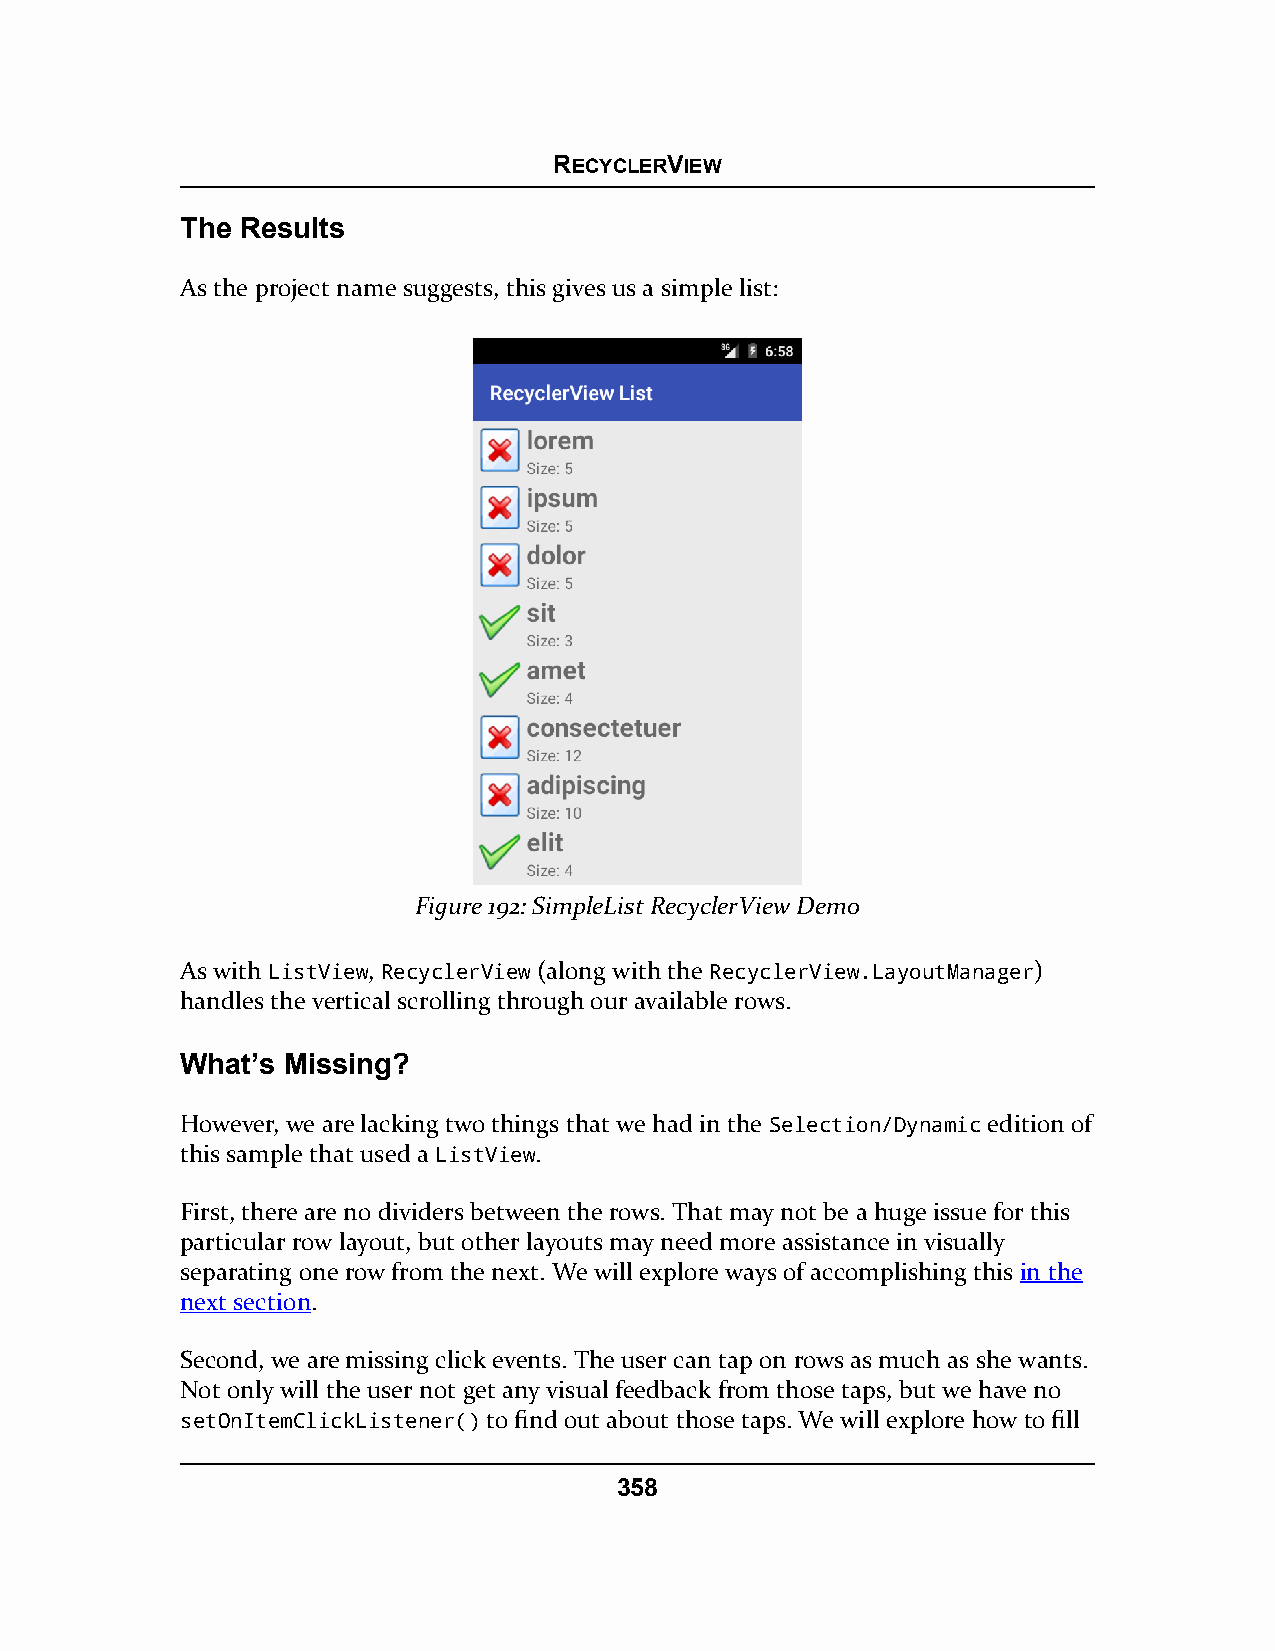
RECYCLERVIEW
 The Results
 As the project name suggests, this gives us a simple list:
 Figure 192: SimpleList RecyclerView Demo
 As with ListView, RecyclerView (along with the RecyclerView.LayoutManager)
 handles the vertical scrolling through our available rows.
 What’s Missing?
 However, we are lacking two things that we had in the Selection/Dynamic edition of
 this sample that used a ListView.
 First, there are no dividers between the rows. That may not be a huge issue for this
 particular row layout, but other layouts may need more assistance in visually
 separating one row from the next. We will explore ways of accomplishing this in the
 next section.
 Second, we are missing click events. The user can tap on rows as much as she wants.
 Not only will the user not get any visual feedback from those taps, but we have no
 setOnItemClickListener() to find out about those taps. We will explore how to fill
 358